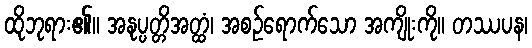
ထိုဘုရား၏။ အနုပ္ပတ္တိအတ္ထံ၊ အစဉ်ရောက်သော အကျိုးကို။ တဿပန၊